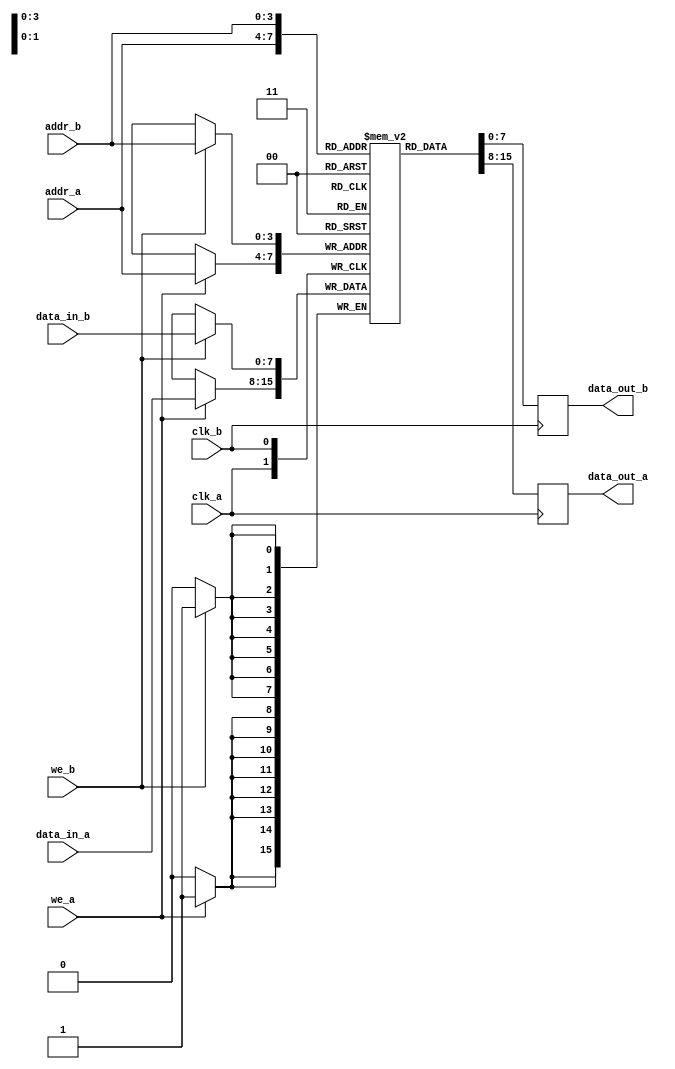
module dpram #(
    parameter DATA_WIDTH = 8,  // Number of bits for each data word
    parameter ADDR_WIDTH = 4   // Number of bits for addressing (2^ADDR_WIDTH = MEM_DEPTH)
)(
    // Port A
    input wire clk_a,
    input wire we_a,
    input wire [ADDR_WIDTH-1:0] addr_a,
    input wire [DATA_WIDTH-1:0] data_in_a,
    output reg [DATA_WIDTH-1:0] data_out_a,

    // Port B
    input wire clk_b,
    input wire we_b,
    input wire [ADDR_WIDTH-1:0] addr_b,
    input wire [DATA_WIDTH-1:0] data_in_b,
    output reg [DATA_WIDTH-1:0] data_out_b
);
    
    // Memory array declaration
    reg [DATA_WIDTH-1:0] mem_array [0:(1 << ADDR_WIDTH)-1]; // Size: 2^ADDR_WIDTH

    // Port A operations
    always @(posedge clk_a) begin
        if (we_a) begin
            // Write data to memory
            mem_array[addr_a] <= data_in_a;
        end
        // Read data from memory
        data_out_a <= mem_array[addr_a];
    end

    // Port B operations
    always @(posedge clk_b) begin
        if (we_b) begin
            // Write data to memory
            mem_array[addr_b] <= data_in_b;
        end
        // Read data from memory
        data_out_b <= mem_array[addr_b];
    end

endmodule